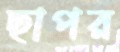
ছাপর